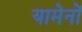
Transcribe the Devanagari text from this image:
यामेनों